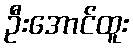
ဦးအောင်ထူး